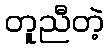
တူညီတဲ့